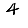
Digit: 4